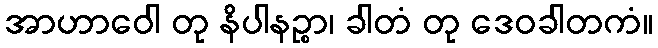
အာဟာဝေါ တု နိပါနဉ္စာ၊ ခါတံ တု ဒေဝခါတကံ။